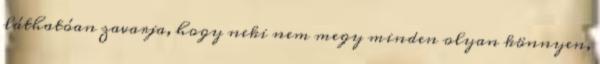
láthatóan zavarja, hogy neki nem megy minden olyan könnyen,